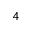
_ 4